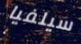
سيلفيا